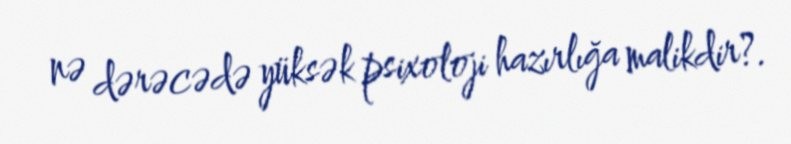
nə dərəcədə yüksək psixoloji hazırlığa malikdir?.